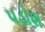
પડોશ